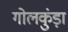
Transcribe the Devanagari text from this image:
गोलकुंड़ा